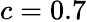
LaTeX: c=0.7